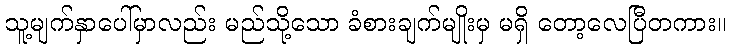
သူ့မျက်နှာပေါ်မှာလည်း မည်သို့သော ခံစားချက်မျိုးမှ မရှိ တော့လေပြီတကား။